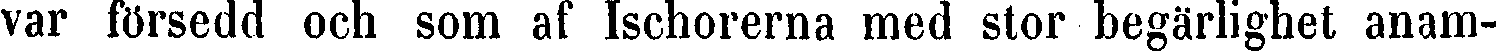
var försedd och som af Ischorerna med stor begärlighet anam-